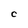
Character: C